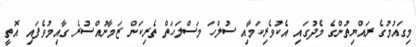
މިގައުމުގެ ރައްޔިތުންގެ މެދުގައި އެކުވެރިކަމާއި ސުލްހަ މަސްލަހަތް ތެރިކަން ޒަމާނުއްސުރެ ގާއިމުވެފައި އޮތީ